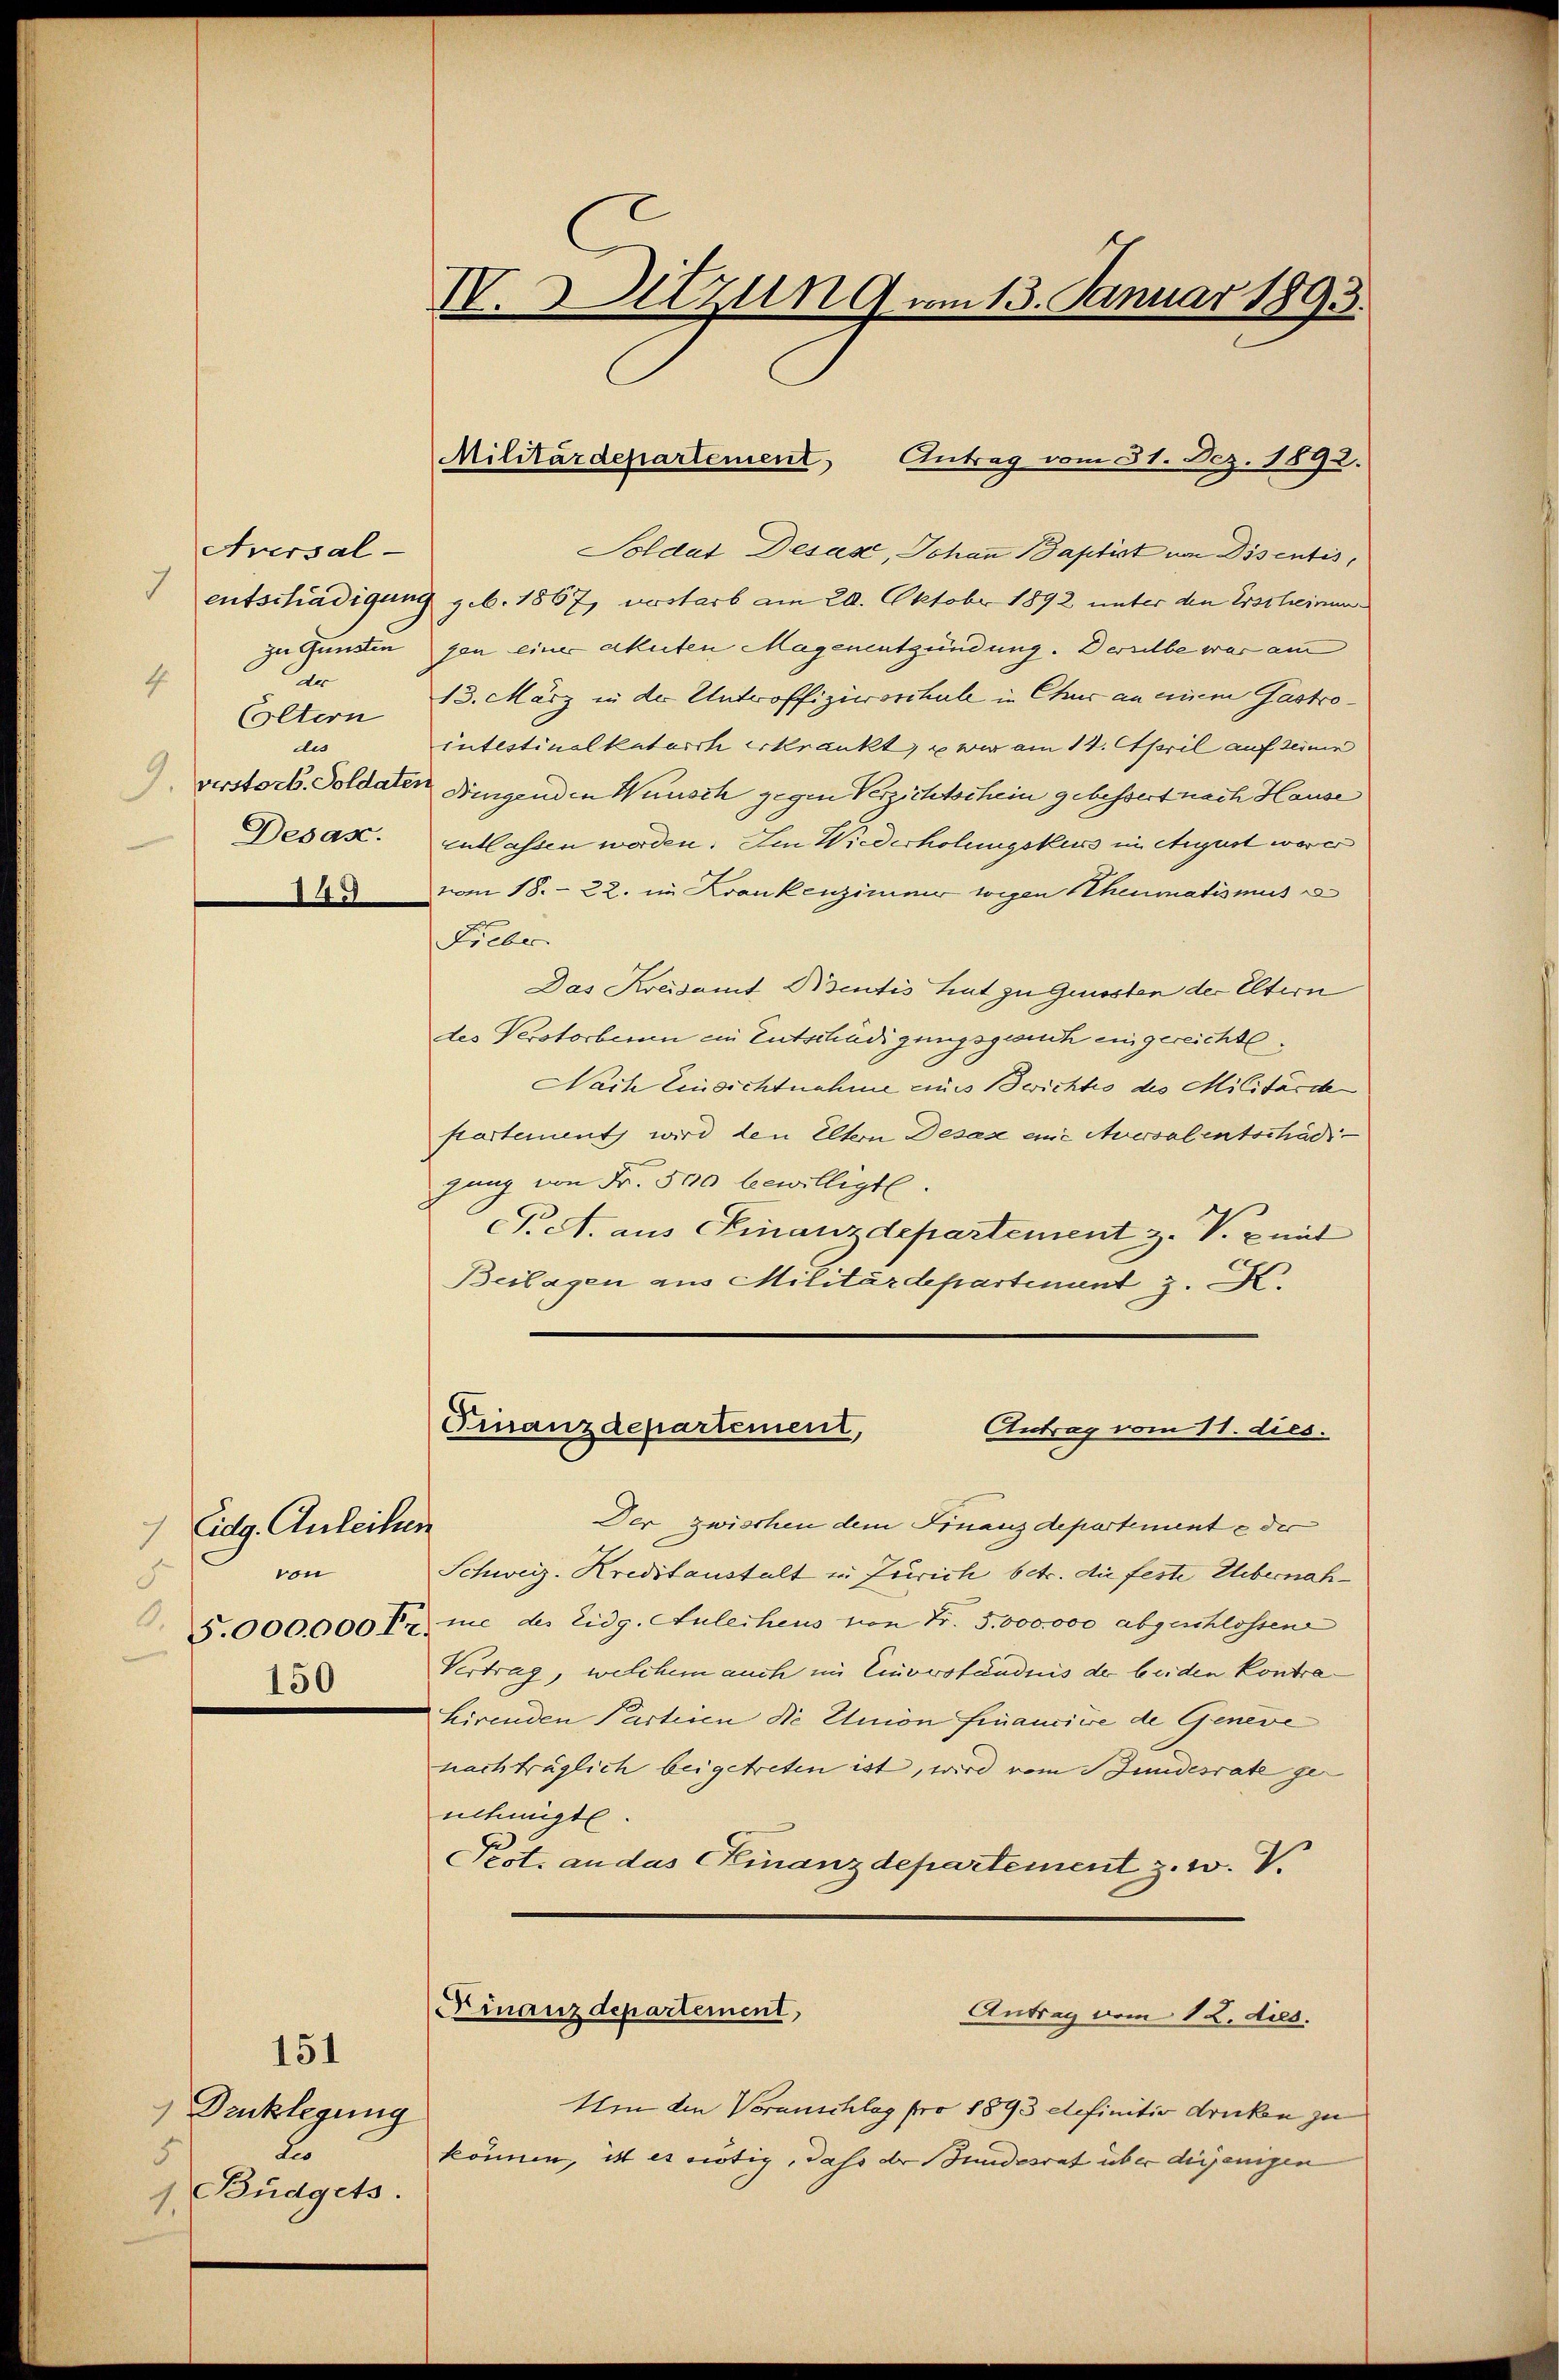
Aversal-
7
zu Gunsten
r
4
Eltern
des
Desax.
149

Eidg. Anleihen
vn
F
150

Dencklegung
Lio
5
Büdgets.
1.

151

IV. Sitzung vom 13. Januar 1893.

Soldat Desax, Johann Baptist von Disentis,
entschädigung geb. 1867, vorstarb am 20. Oktober 1892 unter den Erscheinungpen einer akuten Magenentzündung. Derselbe war am
13. März in der Untroffizivorchale in Chur an einem Gastrointestinalkatarch erkrankt, u wir am 14. April auf seine
verstorb. Soldaten Dingenden Wünsch gegen Verzichtschein gebessert nach Hause
Entlassen worden. Im Wiederholungskurs in August ware
vom 18. - 22. in Krankenzimmer wegen Rheumatismus
Liebe
Das Kreisamt Bisentis heut zu Gunsten der Eltern
des Verstorbenen ein Entschädigungsgesuch eingereichte.
Nach Einsichtnahme aus Berichts des Militärde
partement wird den Eltern Desax enić Aversalentschädi
gung von Fr. 500 bewilligte.
P. A. aus Finanzdepartement z. V. x mit
Beilagen aus Militärdepartement z. K.
Finanzdepartement,
Antrag vom 11. dies.
Der zwischen dem Finanzdepartement & der
Schweiz. Kreditanstalt zu Zürich betr. die feste Uebernah¬
.5.000000 Fr. nue des Eidg. Anleihens von Fr. 5.000,000 abgeschlossen
Vertrag, welchem auch im Einverständnis der beiden Kontra¬
Lirenden Partinen die Union fruancice de Geneve
nachträglich beigetreten ist, wird vom Stundesrate ge
nehmigte.
Pest. an das CKinanzdepartement z. w. V.
Finanzdepartement,
Antrag vom 12. ds.
Um den Voranschlag pro 1893 definitiv drucke zu
können, ist es nötig, daß der Bundesrat über diejenigen

Militärdepartement Antrag vom 31. Dez. 1892.